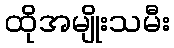
ထိုအမျိုးသမီး